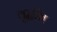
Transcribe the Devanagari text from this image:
वृद्धीत